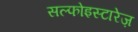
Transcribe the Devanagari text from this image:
सल्फोइस्टारेज़